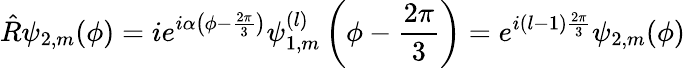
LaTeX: \hat{R}\psi_{2,m}(\phi)=ie^{i\alpha\left(\phi-\frac{2\pi}{3}\right)}\psi_{1,m}^{(l)}\left(\phi-\frac{2\pi}{3}\right)=e^{i(l-1)\frac{2\pi}{3}}\psi_{2,m}(\phi)